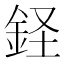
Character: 𫒔